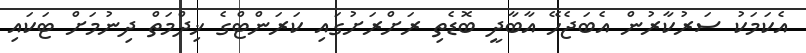
އެކަމަކު ސަރުކާރުން އެބަޖެހޭ އާބާދީ ބޮޑެތި ރަށްރަށުގައި ކަރަންޓްގެ ޚިދްމަތް ދިނުމަށް ޓަކައި